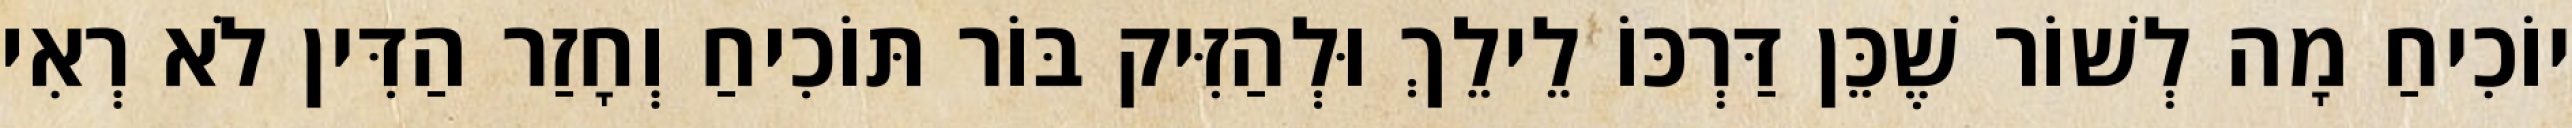
יוֹכִיחַ מָה לְשׁוֹר שֶׁכֵּן דַּרְכּוֹ לֵילֵךְ וּלְהַזִּיק בּוֹר תּוֹכִיחַ וְחָזַר הַדִּין לֹא רְאִי